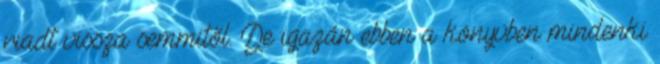
riadt vissza semmitől. De igazán ebben a könyvben mindenki